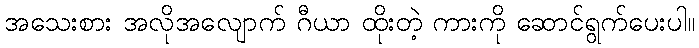
အသေးစား အလိုအလျောက် ဂီယာ ထိုးတဲ့ ကားကို ဆောင်ရွက်ပေးပါ။